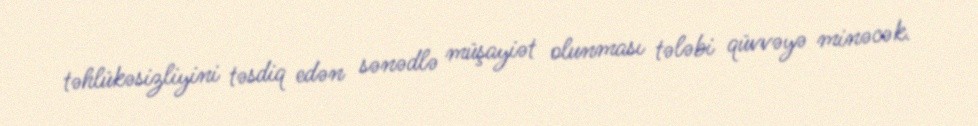
təhlükəsizliyini təsdiq edən sənədlə müşayiət olunması tələbi qüvvəyə minəcək.